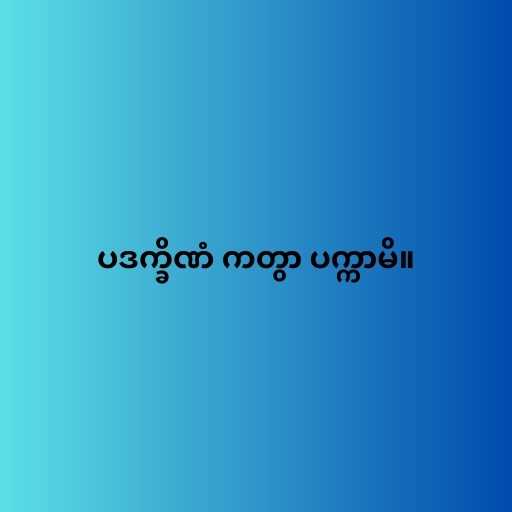
ပဒက္ခိဏံ ကတွာ ပက္ကာမိ။